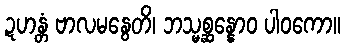
ဍဟန္တံ ဗာလမနွေတိ၊ ဘသ္မစ္ဆန္နောဝ ပါဝကော။